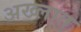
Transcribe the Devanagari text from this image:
अख्लात